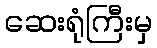
ဆေးရုံကြီးမှ